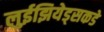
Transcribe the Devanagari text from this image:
लुईझियेड्सकडे